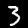
Label: 3